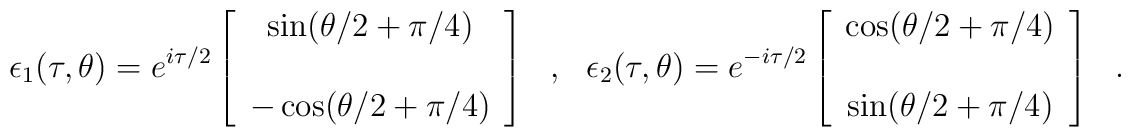
\epsilon_1(\tau,\theta) =e^{i \tau/  2}\left[ \begin{array} {c}\sin(\theta/2+\pi/4)\\ \\-\cos(\theta/2+\pi/4)\end{array}\right]~~~,~~~\epsilon_2(\tau,\theta) =e^{-i \tau/  2}\left[ \begin{array} {c}\cos(\theta/2+\pi/4)\\ \\\sin(\theta/2+\pi/4)\end{array}\right]~~~.